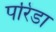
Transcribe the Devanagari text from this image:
परिंडा